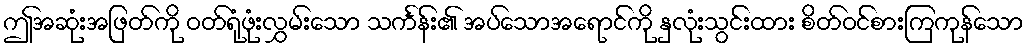
ဤအဆုံးအဖြတ်ကို ဝတ်ရုံဖုံးလွှမ်းသော သင်္ကန်း၏ အပ်သောအရောင်ကို နှလုံးသွင်းထား စိတ်ဝင်စားကြကုန်သော